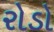
રોડો